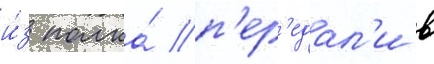
и́з полка́ п'ер'едал'и в